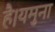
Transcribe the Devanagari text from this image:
है।यमुना